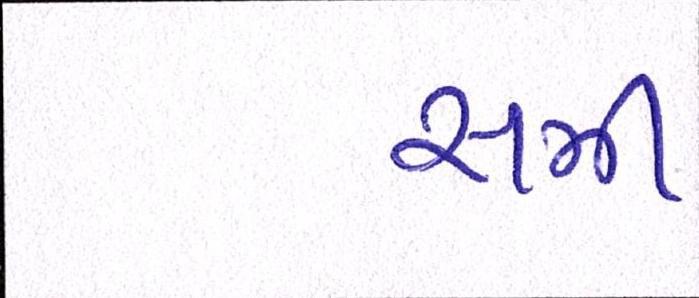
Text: સમી